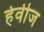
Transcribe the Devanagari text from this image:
हेवीज